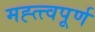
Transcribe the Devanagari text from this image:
मह्त्त्वपूर्ण